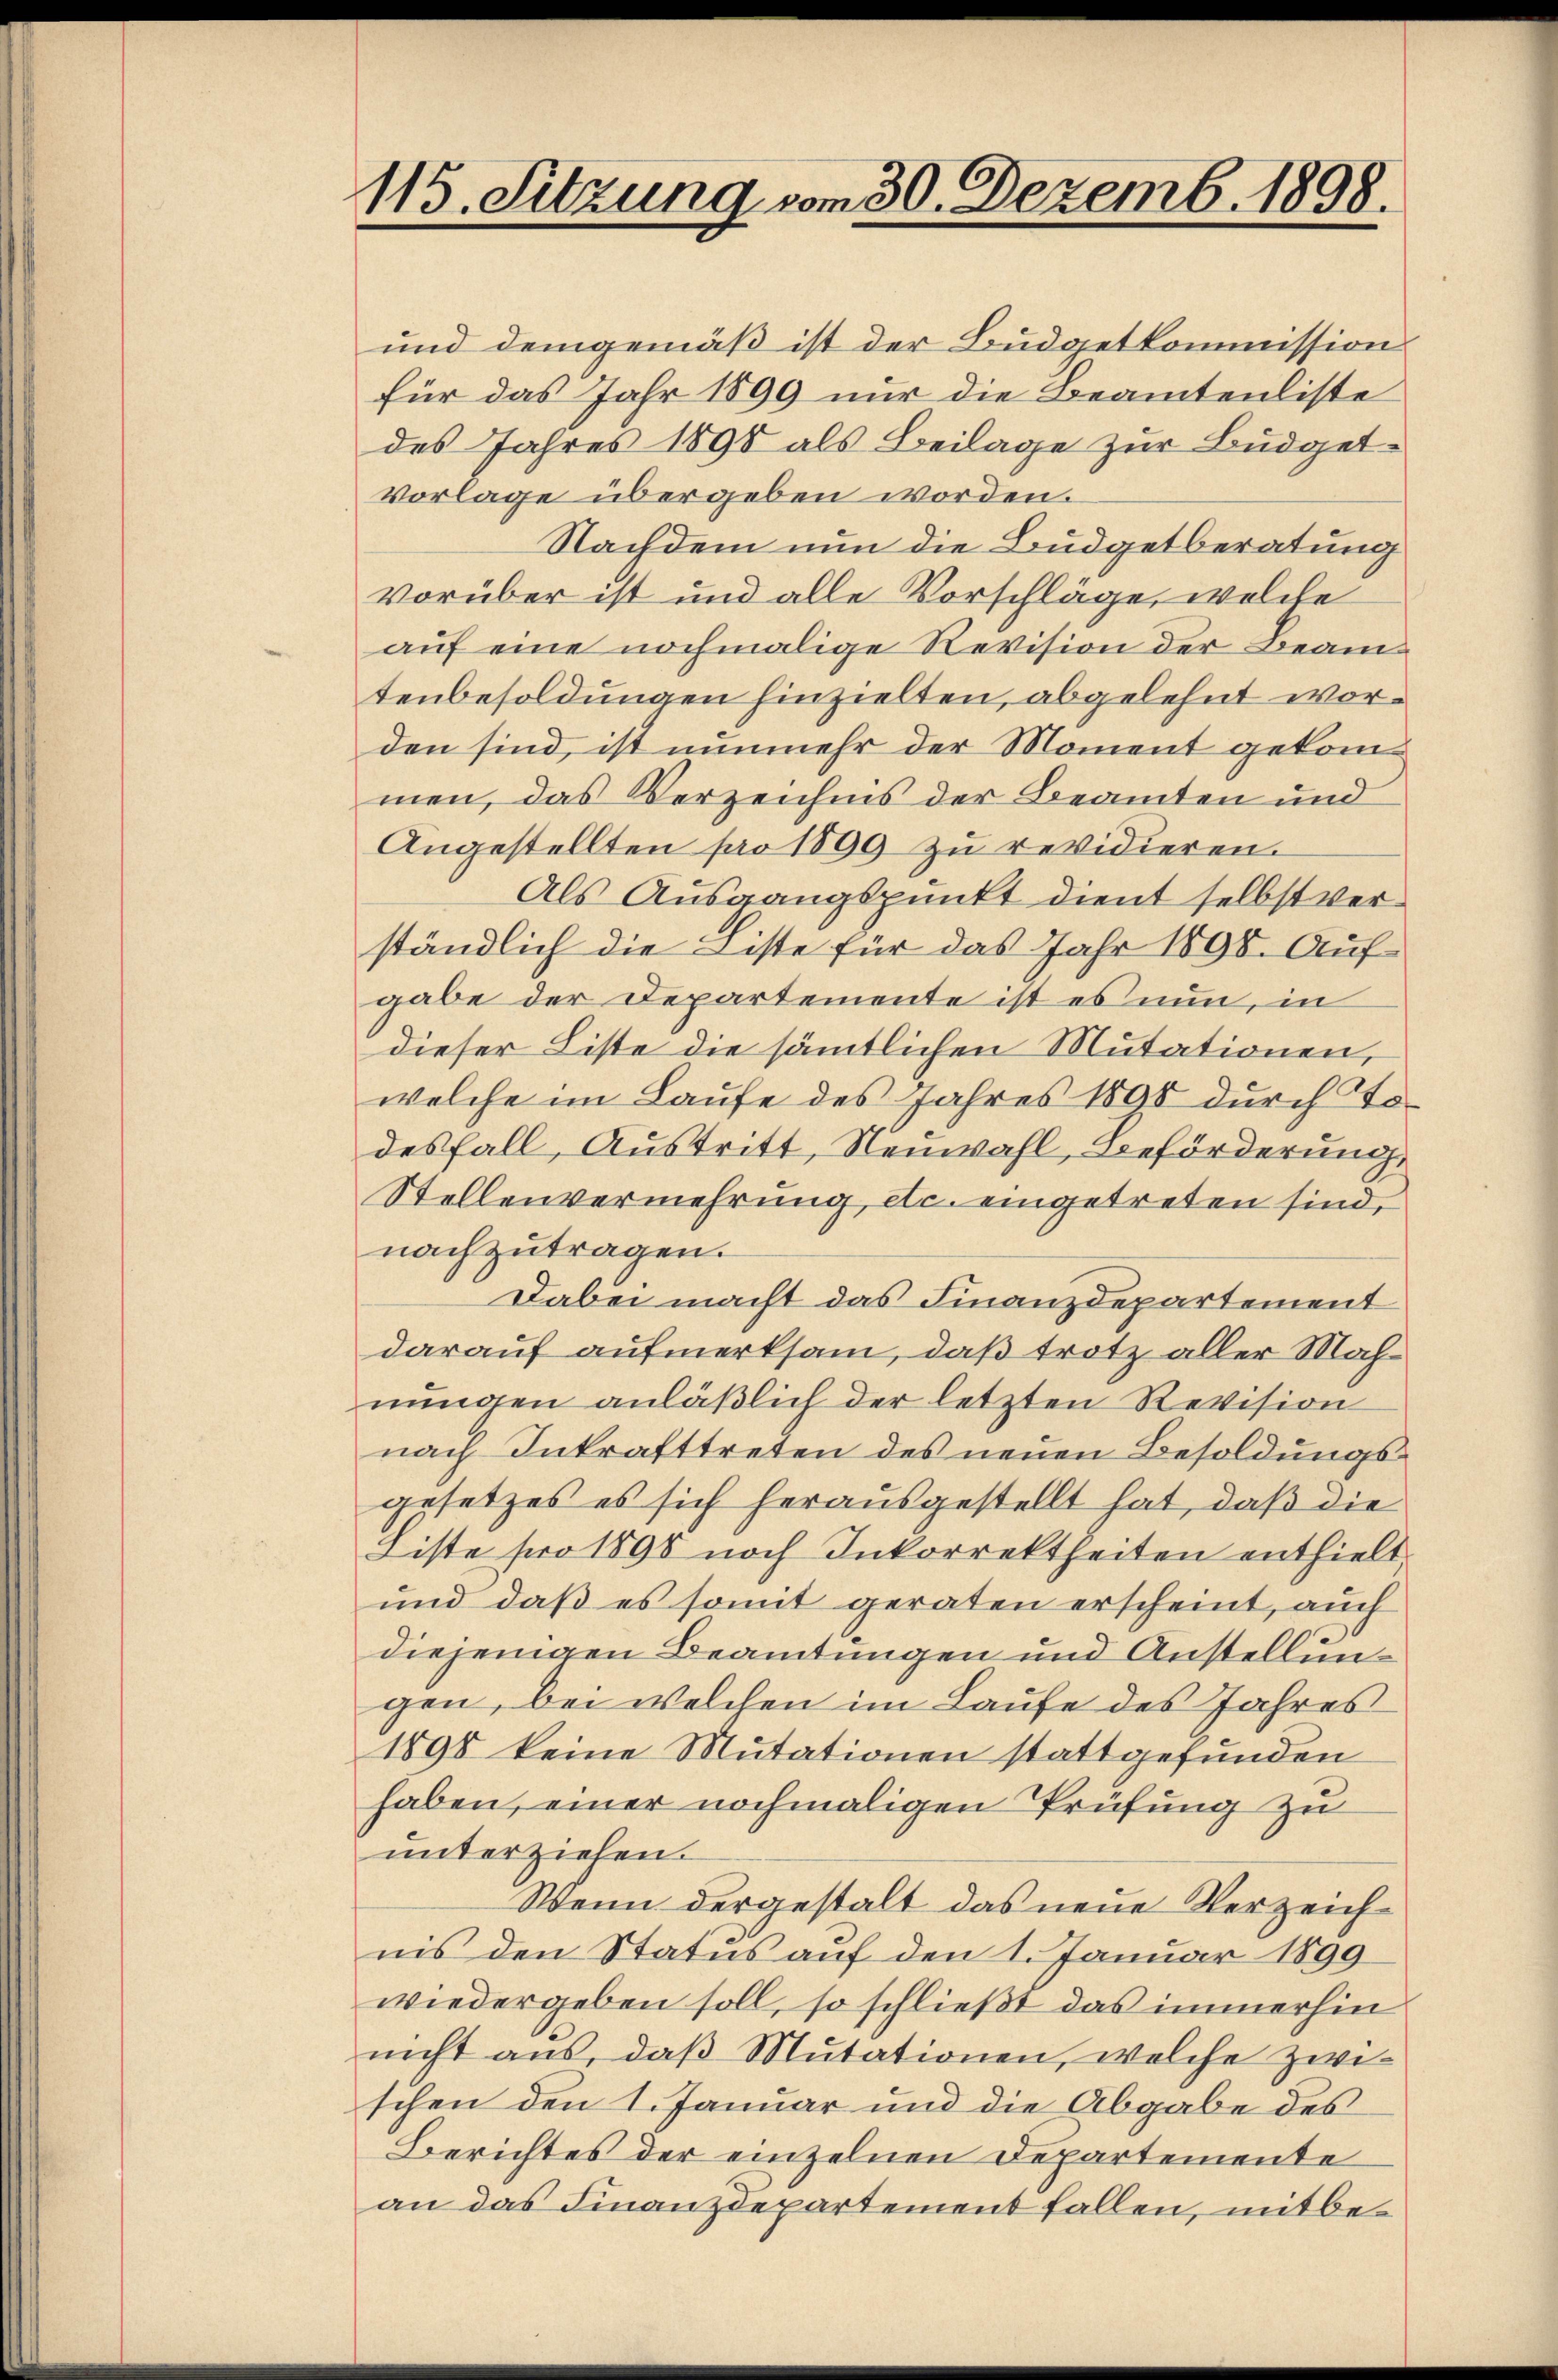
115. Sitzung vom 30. Dezemb. 1898.

und demgemäß ist der Budgetkommission
für das Jahr 1899 nur die Beamtenliste
des Jahres 1898 als Beilage zur Budget¬
Vorlage übergeben worden.
Nachdem nun die Budgetberatung
vorüber ist und alle Vorschläge, welche
auf eine nochmalige Revision der Beamtenbesoldungen hinzielten, abgelehnt worden sind, ist nunmehr der Moment gekommen, das Verzeichnis der Beamten und
Angestellten pro 1899 zu revidieren.
Als Ausgangspunkt dient selbst verständlich die Liste für das Jahr 1898. Aufgabe der Departemente ist es nun, in
dieser Liste die sämtlichen Mutationen,
welche im Laufe des Jahres 1890 durch Todesfall, Austritt, Neuwahl, Beförderung
Stellenvermehrung etc. eingetreten sind,
nachzutragen.
Dabei macht das Finanzdepartement
darauf aufmerksam, daß trotz aller Mahnungen anläßlich der letzten Revision
nach Inkrafttreten des neuen Besoldungsgesetzes es sich herausgestellt hat, daß die
Liste pro 1895 noch Inkorrektheiten enthielt.
und daß es somit geraten erscheint, auch
diejenigen Beamtungen und Anstellungen, bei welchen im Laufe des Jahres
1898 keine Mutationen stattgefunden
haben, einer nochmaligen Prüfung zu
unterziehen.
Wenn dergestalt das neue Verzeichnis den Status auf den 1. Januar 1899
wiedergeben soll, so schließt das immerhin
nicht aus, daß Mutationen, welche zwischen den 1. Januar und die Abgabe des
Berichtes der einzelnen Departemente
an das Finanzdepartement fallen, mit be¬